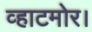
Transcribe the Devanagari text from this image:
व्हाटमोर।